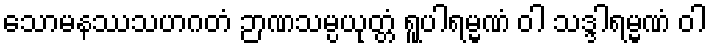
သောမနဿသဟဂတံ ဉာဏသမ္ပယုတ္တံ ရူပါရမ္မဏံ ဝါ သဒ္ဒါရမ္မဏံ ဝါ